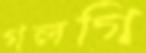
গলগি